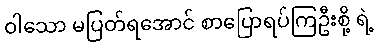
ဝါသော မပြတ်ရအောင် စာပြောရပ်ကြဦးစို့ ရဲ့